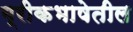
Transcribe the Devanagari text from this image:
ग्रीकभाषेतील